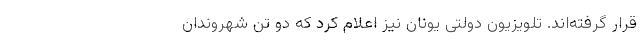
قرار گرفته‌اند. تلویزیون دولتی یونان نیز اعلام کرد که دو تن شهروندان